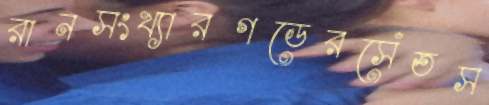
রানসংখ্যারগডেরসেঁতস